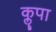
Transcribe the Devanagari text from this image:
कॣपा